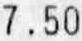
7.50